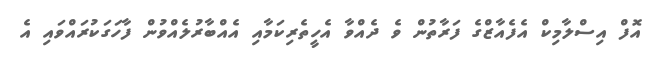
އޮފް އިސްލާމިކް އެފެއާޒްގެ ފަރާތުން ވެ ދެއްވާ އެހީތެރިކަމާއި އެއްބާރުލެއްވުން ފާހަގަކުރައްވައި އެ